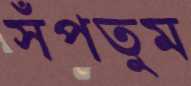
সঁপতুম